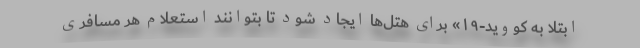
ابتلا به کووید-۱۹» برای هتل‌ها ایجاد شود تا بتوانند استعلام هر مسافری